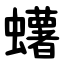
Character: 蠴